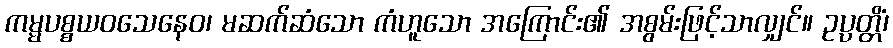
ကမ္မပစ္စယဝသေနေဝ၊ မဆက်ဆံသော ကံဟူသော အကြောင်း၏ အစွမ်းဖြင့်သာလျှင်။ ဥပ္ပတ္တိံ၊